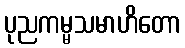
ပုညကမ္မသမာဟိတော